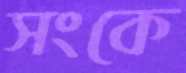
সংকে